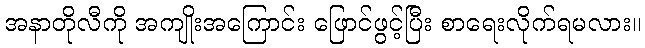
အနာတိုလီကို အကျိုးအကြောင်း ဖြောင်ဖွင့်ပြီး စာရေးလိုက်ရမလား။